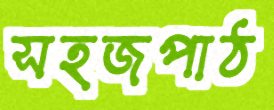
সহজপাঠ